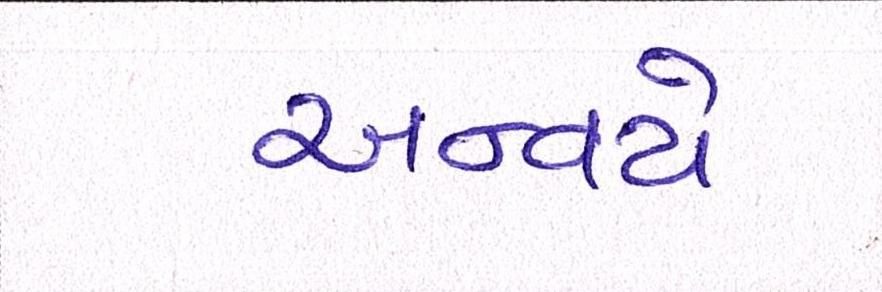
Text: અન્વયે